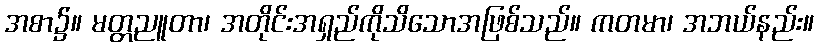
အစာ၌။ မတ္တညူတာ၊ အတိုင်းအရှည်ကိုသိသောအဖြစ်သည်။ ကတမာ၊ အဘယ်နည်း။